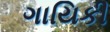
ગાયિકી